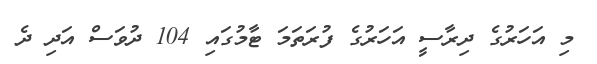
މި އަހަރުގެ ދިރާސީ އަހަރުގެ ފުރަތަމަ ޓާމުގައި 104 ދުވަސް އަދި ދެ